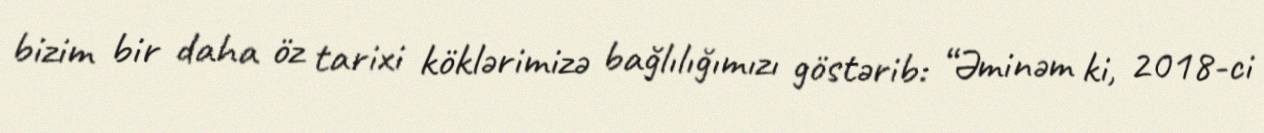
bizim bir daha öz tarixi köklərimizə bağlılığımızı göstərib: “Əminəm ki, 2018-ci